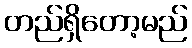
တည်ရှိတော့မည်